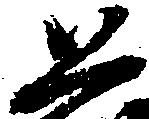
公